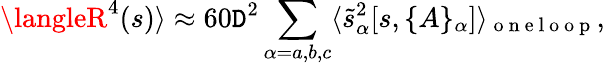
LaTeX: \langleR^{4}(s)\rangle\approx60\mathtt{D}^{2}\sum_{\alpha=a,b,c}\langle\tilde{{s}}_{\alpha}^{2}[s,\{ A\} _{\alpha}]\rangle_{\mathrm{{~o~n~e~l~o~o~p~}}},